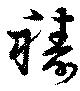
祷